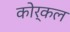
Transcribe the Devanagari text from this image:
कोर्कल